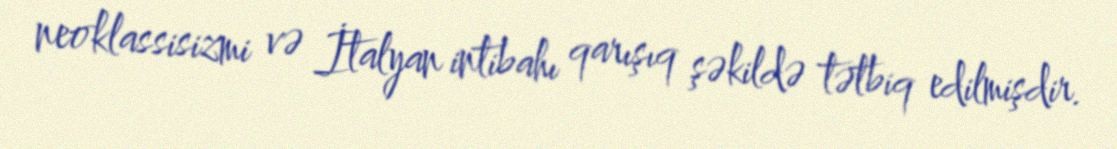
neoklassisizmi və İtalyan intibahı qarışıq şəkildə tətbiq edilmişdir.